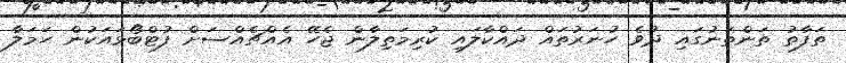
ތަފާތު ތަންތަނުގައި ދުވެ ހުނަރުތައް ދައްކާލައި ކުރިމަތިލާން ޖެހޭ އެއްޗެއްސަށް ފުޓްބޯޅައަކުން ހަމަލާ